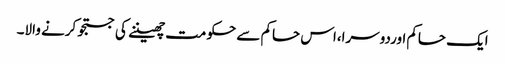
ایک حاکم اوردوسرا،اس حاکم سے حکومت چھیننے کی جستجو کرنے والا۔